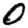
Digit: 0